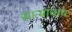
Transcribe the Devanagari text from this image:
साऱ्यांचाच